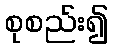
စုစည်း၍